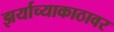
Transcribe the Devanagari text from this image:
झर्याच्याकाठावर